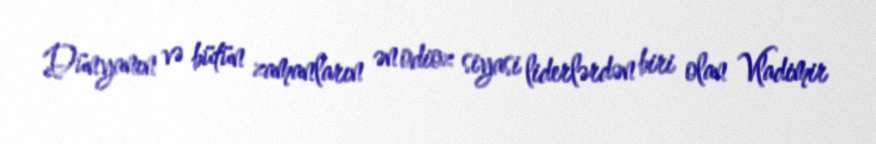
Dünyanın və bütün zamanların ən odioz siyasi liderlərdən biri olan Vladimir